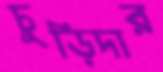
চুড়িদার